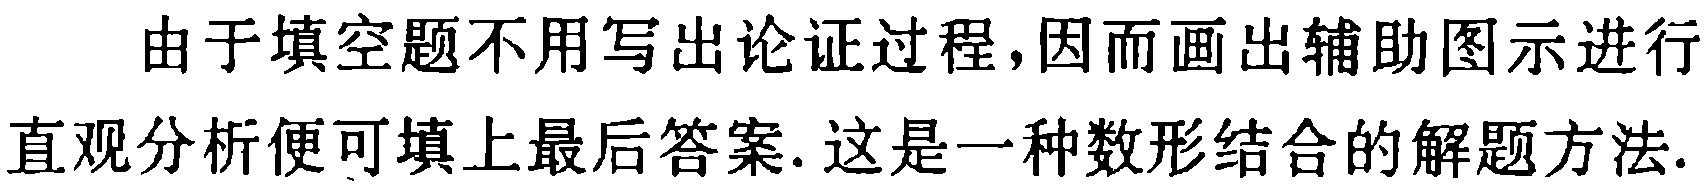
由于填空题不用写出论证过程,因而画出辅助图示进行直观分析便可填上最后答案. 这是一种数形结合的解题方法.